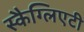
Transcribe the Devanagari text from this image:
स्कैग्लिएटी